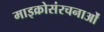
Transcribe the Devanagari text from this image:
माइक्रोसंरचनाओं